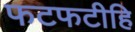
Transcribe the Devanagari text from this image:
फटफटीहि